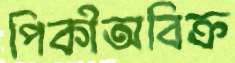
পিকীঅবিক্র